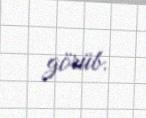
görüb.